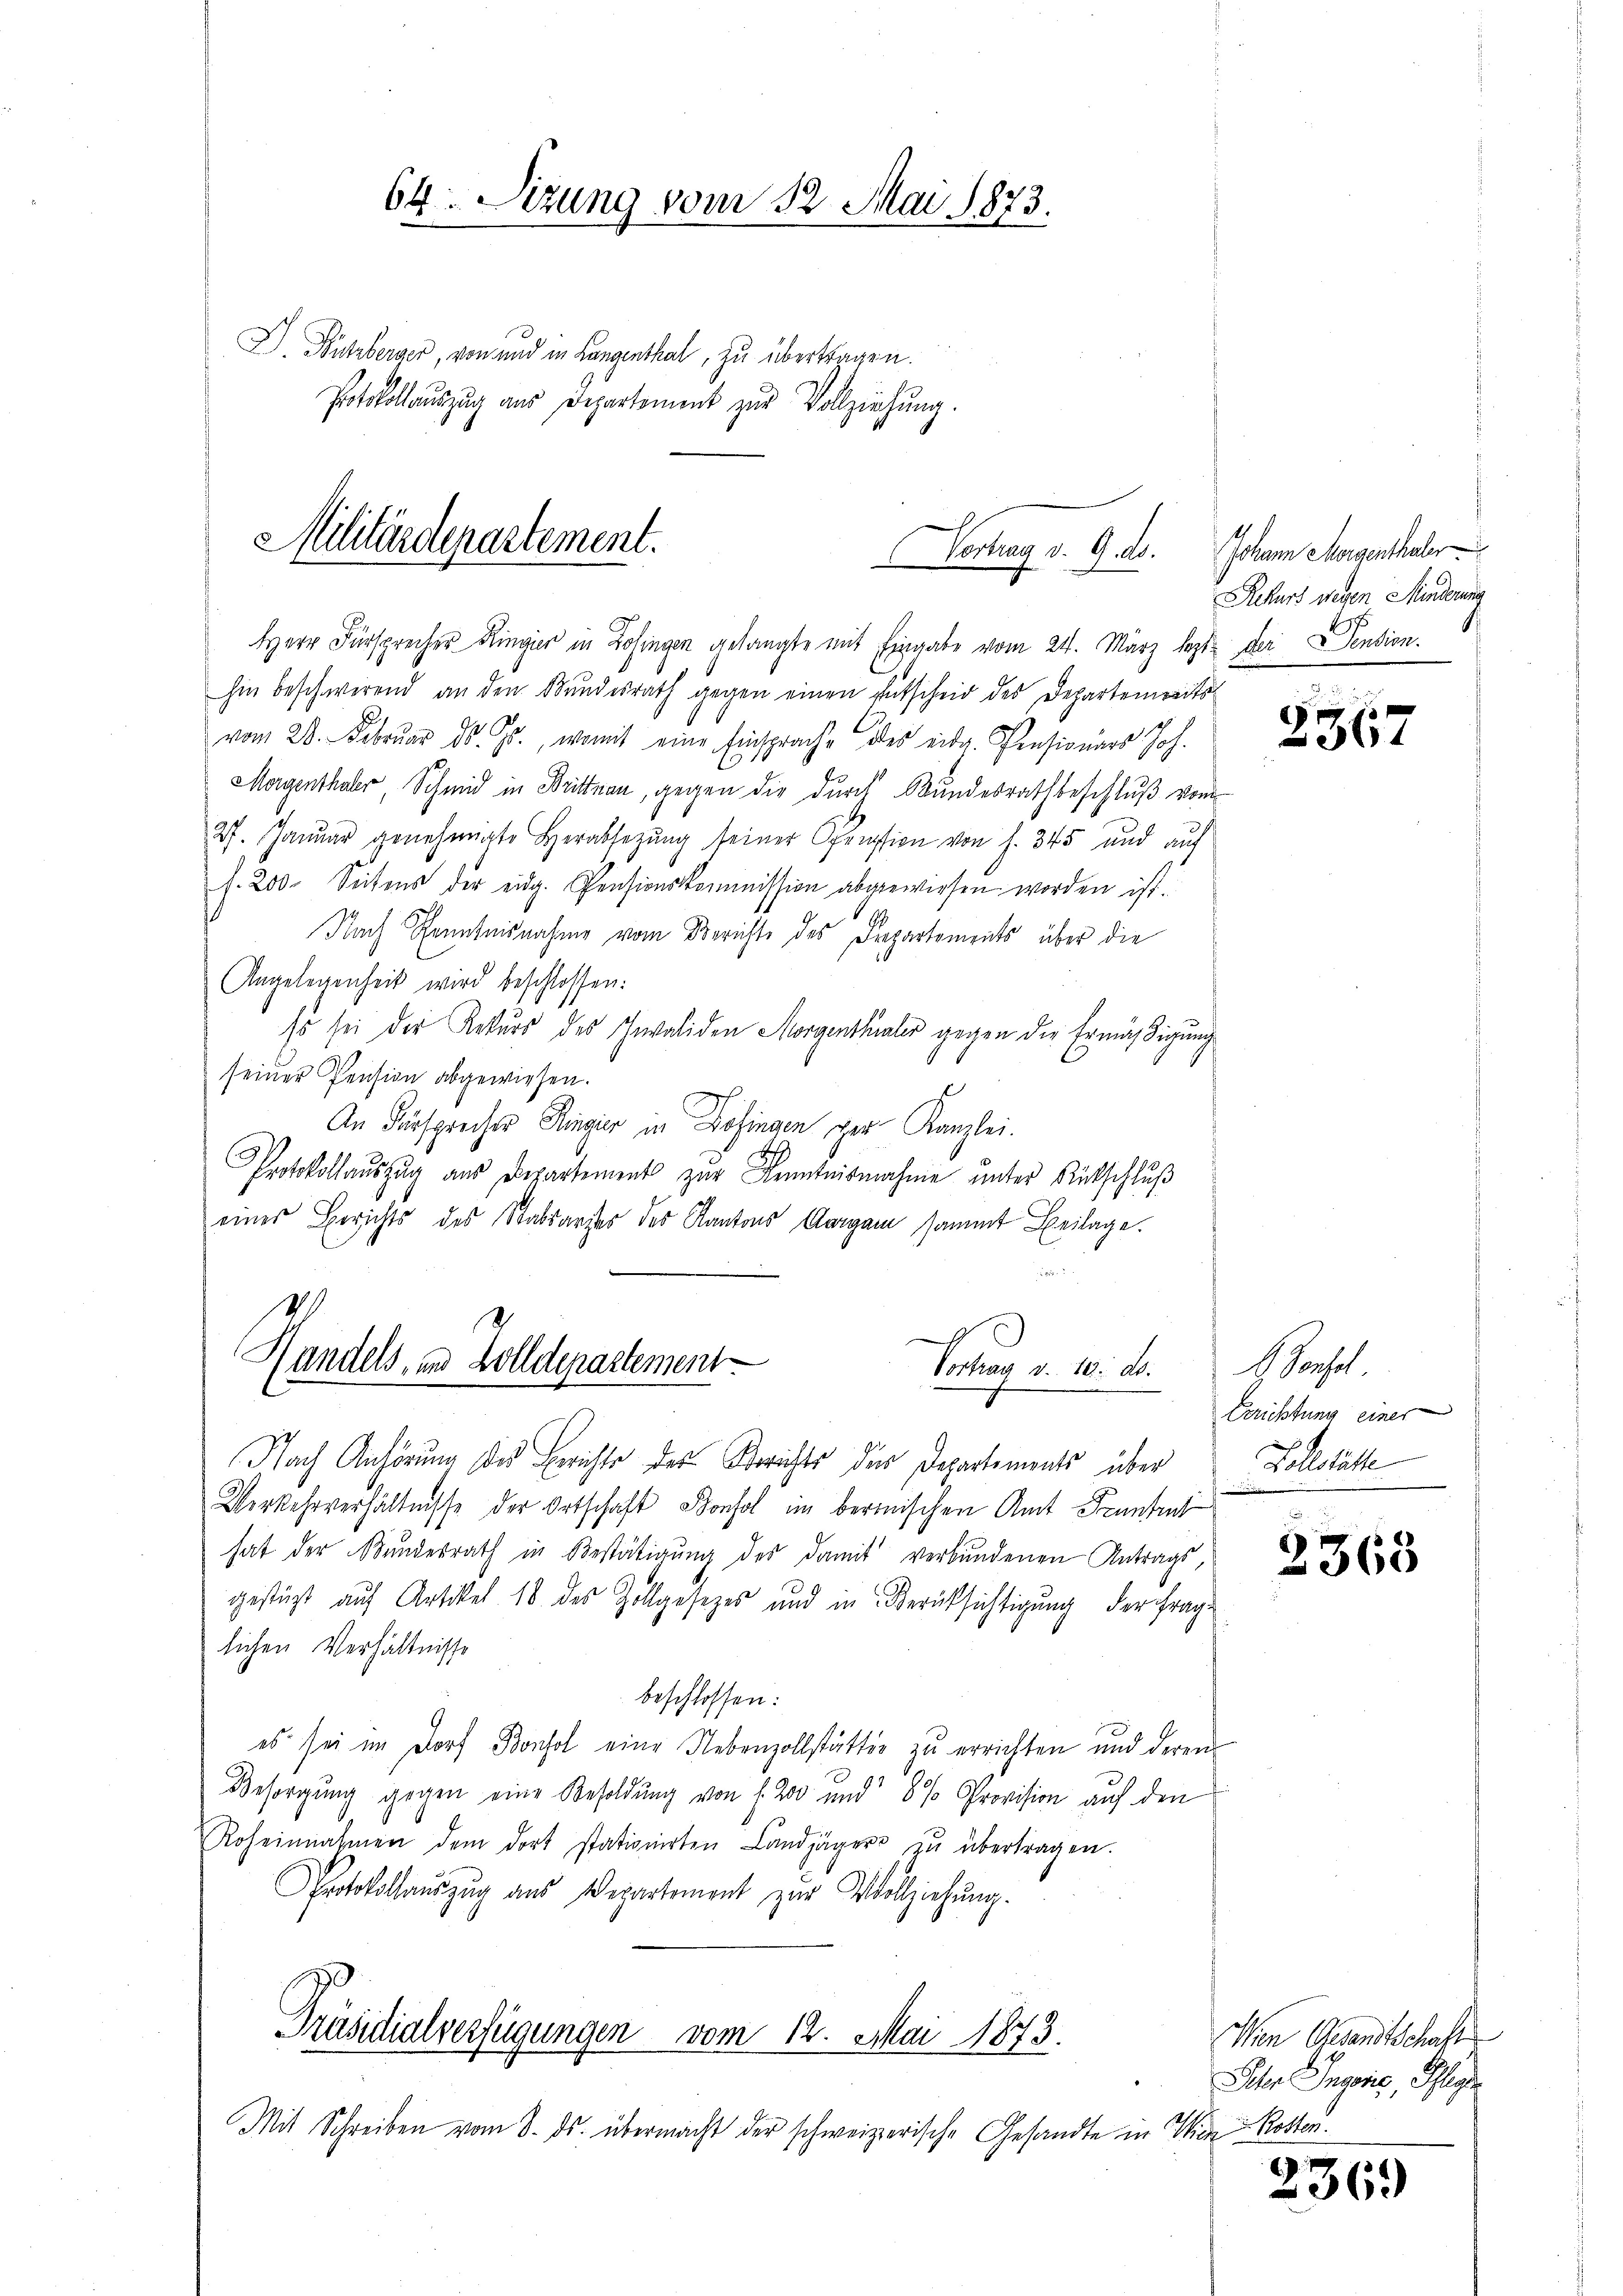
D. Nutzberger, von und in Langenthal, zu übertragen.
Protokollaŭszŭg aŭs Departement zŭr Vollziehŭng.

Militärdepartement.
Betrag v. 9. d.

Handels, in Zolldepartement

64. Sizung vom 12. Mai 1873.

Herr Fürsprecher Ringier in Zofingen gelangte mit Eingabe vom 24. März lezte der Pension.
hin beschwerend an den Bundesrath gegen einen Entscheid des Departenreits
vom 28. Februar d. Js., womit eine Einsprache des eidg. Pensionars Joh.
Magenthaler Schmid in Brittnau, gegen die durch Bundesrath beschluß vom
27. Januar genehmigte Herabsetzŭng seiner Opension von s. 345 und auf
f. 200. Seitens der eidg. Pensionskommission abgewiesen worden ist.
Nach Kenntnisnahme vom Berichte des Frepartements über die
Angelegenheit wird beschlossen:
so sei der Rekurs des Invaliden Morgenthaler gegen die Ermäßigung
seiner Pension abgewiesen.
An Fürsprecher Ringier in Zofingen der Kanzlei.
8
Protokollaŭszŭg aŭs Departement zur Kenntnisnahme unter Rückschlŭβ
eines Berichts des Stabsarztes des Kantons Aargau sammt Beilage.
29.

Nach Anhörung des Berichte des Berichts des Departements über
Verkehrverhältnisse der Ortschaft Konsol im bermischen Amt Pruntrut
hat der Bundesrath in Bestätigung des damit verbundenen Antrags
gestüzt auf Artikel 16 des Zollgesetzes und in Berücksichtigung der Frage
lichen Verhältnisse
beschlossen:
es sei im Dorf Bonsol eine Nebenzollstättig zu errichten und deren
Besorgung gegen eine Besoldung von f. 200 und 8 % Provision auf den
Roheinnahmen dem dort stationirten Landjäger in übertragen.
Protokollaŭszŭg aŭs Departement zŭr Vollziehŭng.
Präsidialverfügungen vom 12. Mai 1873.
Mit Schreiben vom 8. ds. übermacht der schweizerische Gesandte in Wien Kosten.

Fontag 1. 10. d.
.

Johann Morgenthaler
Rekurs wegen Minderung

2367

Bonhel
Berichtung einer
Vollstätte

2365

Wen Gesandtschaft
Ihr Ingen, Pflege

236.